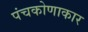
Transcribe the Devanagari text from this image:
पंचकोणाकार